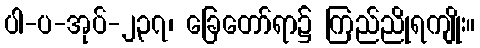
ပါ-ပ-အုပ်-၂၃၇၊ ခြေတော်ရာ၌ ကြည်ညိုရကျိုး။